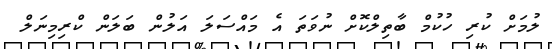
ލުމަށް ކުރި ހުކުމް ބާތިލްކޮށް ނުވަތަ އެ މައްސަލަ އަލުން ބަލަން ކްރިމިނަލް